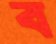
ব